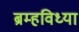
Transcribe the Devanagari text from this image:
ब्रम्हविध्या